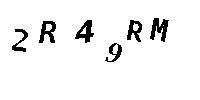
2R49RM